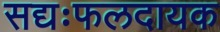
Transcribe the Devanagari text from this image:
सद्यःफलदायक